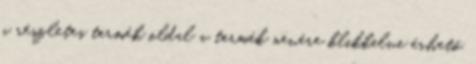
a részletes termék oldal a termék nevére klikkelve érhető